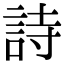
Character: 詩